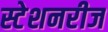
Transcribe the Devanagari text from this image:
स्टेशनरीज